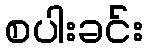
စပါးခင်း